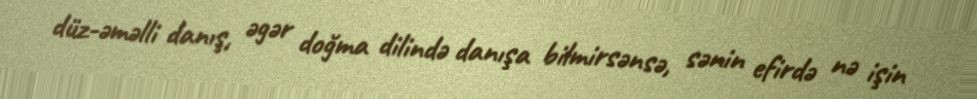
düz-əməlli danış, əgər doğma dilində danışa bilmirsənsə, sənin efirdə nə işin